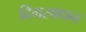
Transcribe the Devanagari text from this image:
दिग्‌साधन